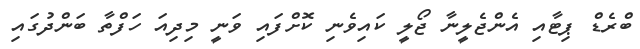
ބްރެޑް ޕިޓާއި އެންޖެލީނާ ޖޯލީ ކައިވެނި ކޮށްފައި ވަނީ މިދިއަ ހަފްތާ ބަންދުގައި